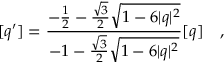
[ q ^ { \prime } ] = \frac { - \frac { 1 } { 2 } - \frac { \sqrt { 3 } } { 2 } \sqrt { 1 - 6 | q | ^ { 2 } } } { - 1 - \frac { \sqrt { 3 } } { 2 } \sqrt { 1 - 6 | q | ^ { 2 } } } [ q ] ~ ~ ~ ,